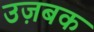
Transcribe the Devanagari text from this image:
उज़बक